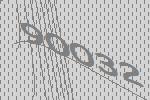
90032